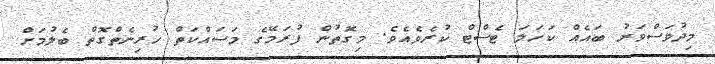
މިދުވަސްވަރު ބައެއް ކަހަލަ ޓެސްޓް ކުރެވެއެވެ. މިގޮތުން ފުރަމޭގެ މަސައްކަތް ހުރިނެތްގޮތް ބެލުމަށް